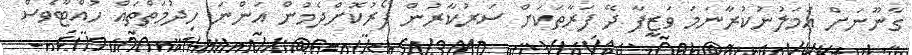
ގާނޫނަށް އަމަލުނުކުރާނަމަ ވަޒީފާ ދޭ ފަރާތަކަށް ސަރުކާރުން ފޯރުކޮށްދެމުން އަންނަ ހިދުމަތްތައް ހުއްޓާވެސް